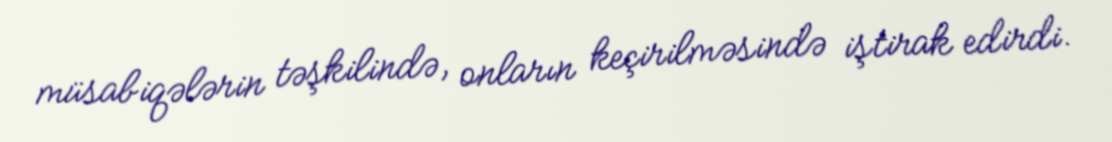
müsabiqələrin təşkilində, onların keçirilməsində iştirak edirdi.